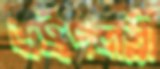
ভট্টপলস্নী